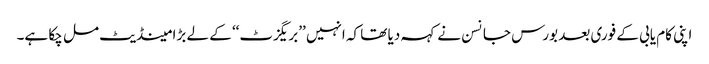
اپنی کام یابی کے فوری بعد بورس جانسن نے کہہ دیا تھا کہ انہیں ’’بریگزٹ‘‘ کے لے بڑا مینڈیٹ مل چکا ہے۔